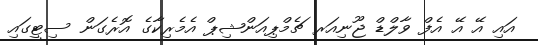
އައި އޭ އޭ އެފް ވާލްޑް ޖޫނިއަރ ޗެމްޕިއަންޝިޕް އެމެރިކާގެ އޮރެގަން ސިޓީގައި